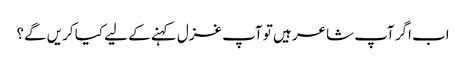
اب اگر آپ شاعر ہیں تو آپ غزل کہنے کے لیے کیا کریں گے؟